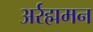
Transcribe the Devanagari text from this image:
अर्रह्ममन